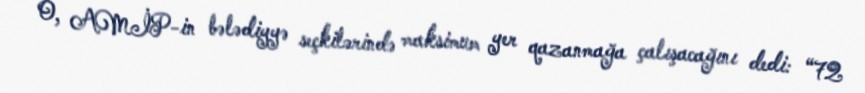
O, AMİP-in bələdiyyə seçkilərində maksimum yer qazanmağa çalışacağını dedi: “72